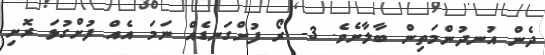
ދެން އުނދުންމަތިން ބާލާށެވެ. 3- ރޯ ފުށްގަނޑެއް ނަމަ އެއް ފުށްގުޅަ ރޮށި